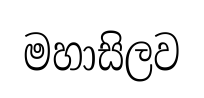
මහාසිලව